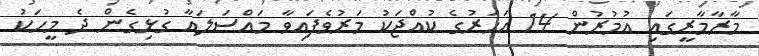
މާރާމާރީގައި އުމުރުން 14 އަހަރުގެ ކުއްޖަކު މަރުވެފައިވާ މައްސަލައާ ގުޅިގެން ދެ މީހަކު